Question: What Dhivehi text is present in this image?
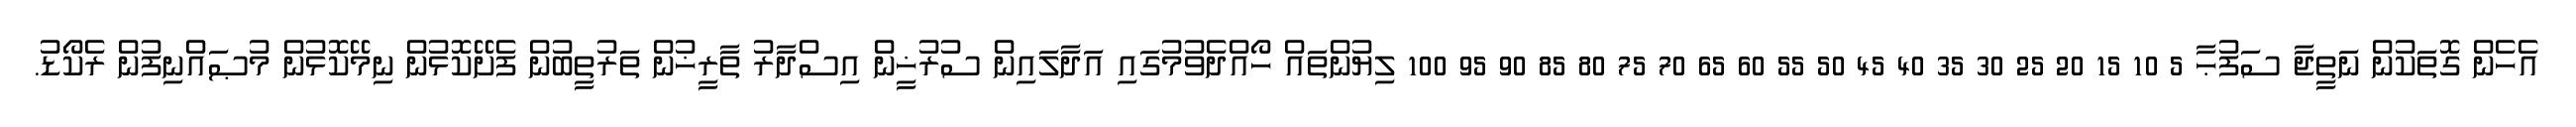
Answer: އެހެން ގޮތަކުން ނަތީޖާ ސަފުޙާ 5 10 15 20 25 30 35 40 45 50 55 60 65 70 75 80 85 90 95 100 ލިޔުންތައް ހޯއްދެވުމުގައި އަދާލައިން ސުރުޚީން އިސްދާރު ތާރީޚުން ތަރުތީބުން ފެށޭކޮޅުން ނިމޭކޮޅުން މުޞައްނިފުން ރެކޯޑު.